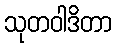
သုတဝါဒိတာ